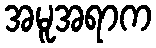
အမူအရာက